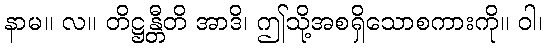
နာမ။ လ။ တိဋ္ဌန္တီတိ အာဒိ၊ ဤသို့အစရှိသောစကားကို။ ဝါ၊